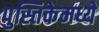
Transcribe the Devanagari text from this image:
पुस्तिकेमध्ये